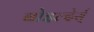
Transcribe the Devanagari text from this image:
बोइल्देर्स्